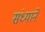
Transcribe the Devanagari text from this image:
संध्याने